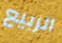
الربيع